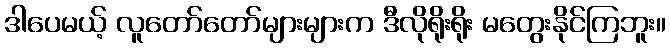
ဒါပေမယ့် လူတော်တော်များများက ဒီလိုရိုးရိုး မတွေးနိုင်ကြဘူး။